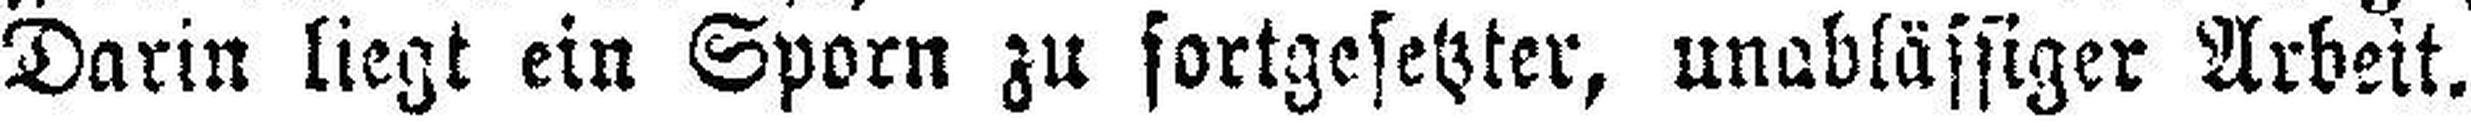
Darin liegt ein Sporn zu fortgesetzter, unablässiger Arbeit.